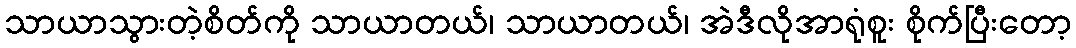
သာယာသွားတဲ့စိတ်ကို သာယာတယ်၊ သာယာတယ်၊ အဲဒီလိုအာရုံစူး စိုက်ပြီးတော့